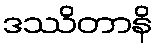
ဒဿိတာနိ